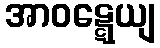
အာဝဋ္ဋေယျ